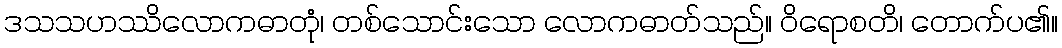
ဒသသဟဿိလောကဓာတုံ၊ တစ်သောင်းသော လောကဓာတ်သည်။ ဝိရောစတိ၊ တောက်ပ၏။